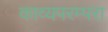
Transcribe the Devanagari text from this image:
काव्यपरम्परा